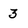
Character: 3